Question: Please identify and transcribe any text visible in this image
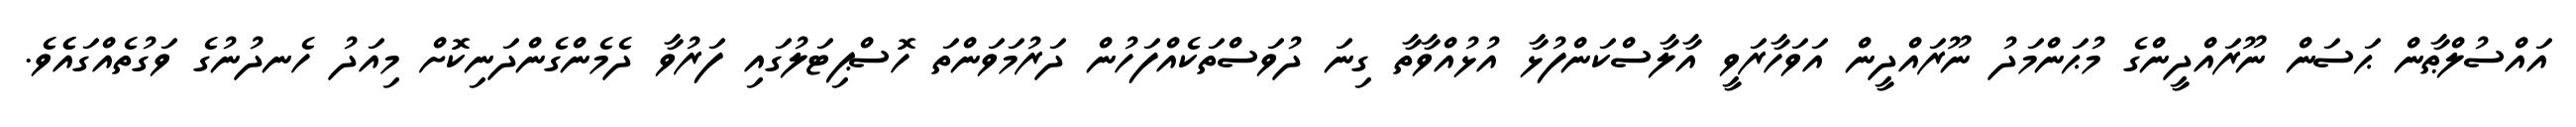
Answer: އައްސުލްޠާން ޙަސަން ނޫރައްދީންގެ މުޙަންމަދު ނޫރައްދީން އަވަހާރަވީ އާލާސްކަންފުޅާ އުޅުއްވާތާ ގިނަ ދުވަސްތަކެއްފަހުން ދަރުމަވަންތަ ހޮސްޕިޓަލުގައި ފަރުވާ ދެމެންގެންދަނިކޮށް މިއަދު ހެނދުނުގެ ވަގުތެއްގައެެވެ.